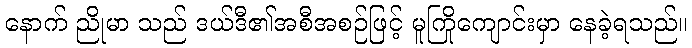
နောက် ညိုမာ သည် ဒယ်ဒီ၏အစီအစဉ်ဖြင့် မူကြိုကျောင်းမှာ နေခဲ့ရသည်။